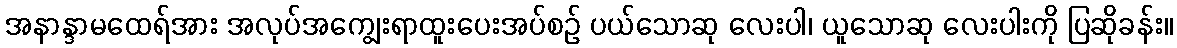
အနာန္ဒာမထေရ်အား အလုပ်အကျွေးရာထူးပေးအပ်စဉ် ပယ်သောဆု လေးပါ၊ ယူသောဆု လေးပါးကို ပြဆိုခန်း။